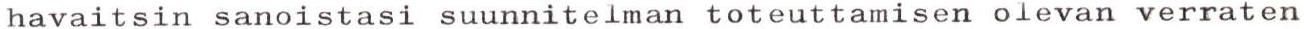
havaitsin sanoistasi suunnitelman toteuttamisen olevan verraten